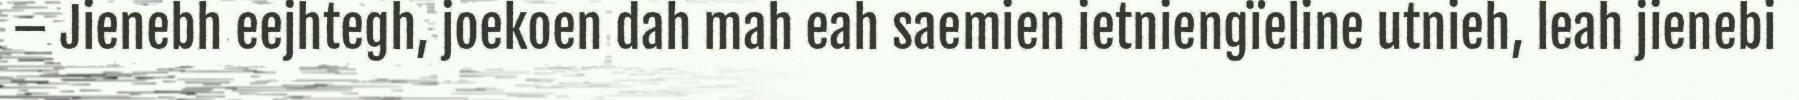
– Jienebh eejhtegh, joekoen dah mah eah saemien ietniengïeline utnieh, leah jienebi